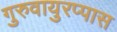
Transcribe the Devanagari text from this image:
गुरुवायुरप्पास